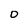
Character: O